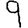
Digit: 9